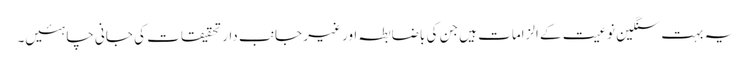
یہ بہت سنگین نوعیت کے الزامات ہیں جن کی باضابطہ اور غیر جانب دار تحقیقات کی جانی چاہئیں۔